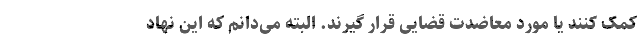
کمک کنند یا مورد معاضدت قضایی قرار گیرند. البته می‌دانم که این نهاد